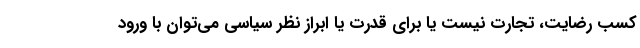
کسب رضایت، تجارت نیست یا برای قدرت یا ابراز نظر سیاسی می‌توان با ورود